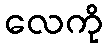
လေကို